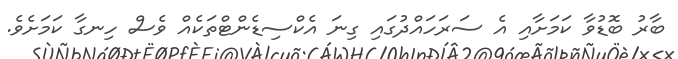
ބާރު ބޮޑުވާ ކަމަށާއި އެ ސަރަހައްދުގައި ގިނަ އެކްސިޑެންޓްތަކެއް ވެސް ހިނގާ ކަމަށެވެ.